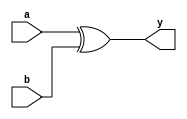
module xor_dataflow(y,a,b);
input a,b;
output y;

assign y=(a^b);
endmodule